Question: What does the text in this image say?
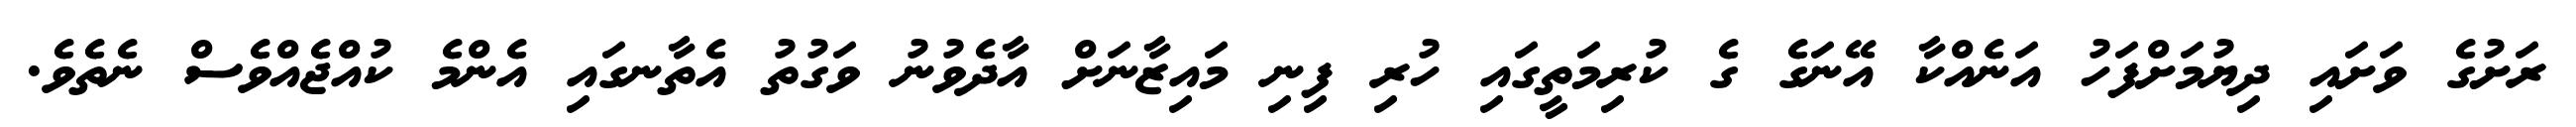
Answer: ރަށުގެ ވަށައި ދިޔުމަށްފަހު އަނެއްކާ އޭނަގެ ގެ ކުރިމަތީގައި ހުރި ފިނި މައިޒާނަށް އާދެވުނު ވަގުތު އެތާނގައި އެންމެ ކުއްޖެއްވެސް ނެތެވެ.